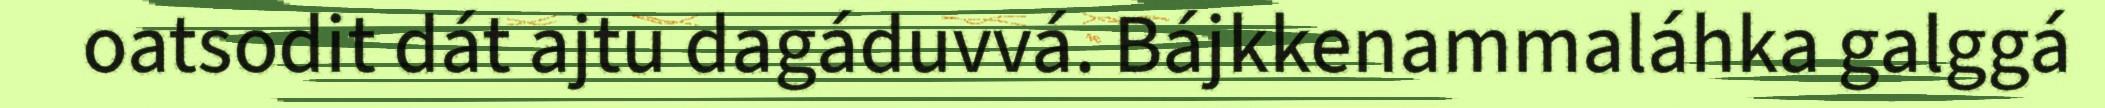
oatsodit dát ajtu dagáduvvá. Bájkkenammaláhka galggá